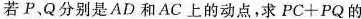
若P,Q分别是AD和AC上的动点，求$$P C + P Q$$的